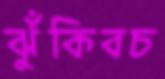
ঝুঁকিবচ